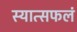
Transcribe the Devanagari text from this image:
स्यात्सफलं